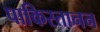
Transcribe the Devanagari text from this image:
पाकिस्तानन